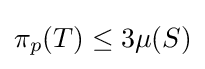
\pi _{p}(T)\leq 3\mu (S)